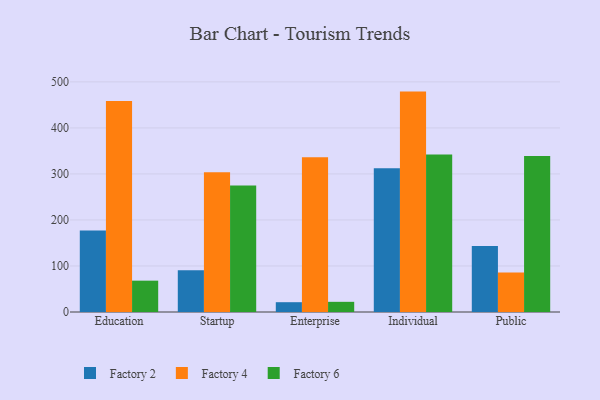
{"axis": {"x": "Segment", "y": "Churn Rate (%)"}, "legend": ["Factory 2", "Factory 4", "Factory 6"], "data": [{"x": "Education", "y": 177.2, "type": "Factory 2"}, {"x": "Education", "y": 458.4, "type": "Factory 4"}, {"x": "Education", "y": 68.1, "type": "Factory 6"}, {"x": "Startup", "y": 90.9, "type": "Factory 2"}, {"x": "Startup", "y": 303.4, "type": "Factory 4"}, {"x": "Startup", "y": 274.6, "type": "Factory 6"}, {"x": "Enterprise", "y": 21.3, "type": "Factory 2"}, {"x": "Enterprise", "y": 336.4, "type": "Factory 4"}, {"x": "Enterprise", "y": 22.1, "type": "Factory 6"}, {"x": "Individual", "y": 312.6, "type": "Factory 2"}, {"x": "Individual", "y": 478.9, "type": "Factory 4"}, {"x": "Individual", "y": 342.0, "type": "Factory 6"}, {"x": "Public", "y": 143.5, "type": "Factory 2"}, {"x": "Public", "y": 85.7, "type": "Factory 4"}, {"x": "Public", "y": 339.1, "type": "Factory 6"}]}